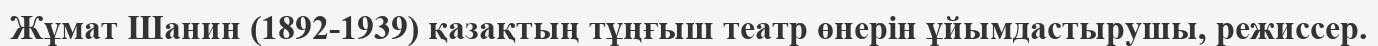
Жұмат Шанин (1892-1939) қазақтың тұңғыш театр өнерін ұйымдастырушы, режиссер.